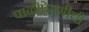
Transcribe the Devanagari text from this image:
पाळीपेरणीची